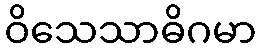
ဝိသေသာဓိဂမာ